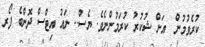
ކުރެވުމުން  އަށް ޝުކުރު ކުރަމުންނެވެ. ޔެސް.. ނައު އިޓްސް ދޮންބެ ފޯރ